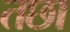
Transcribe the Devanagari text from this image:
तछा